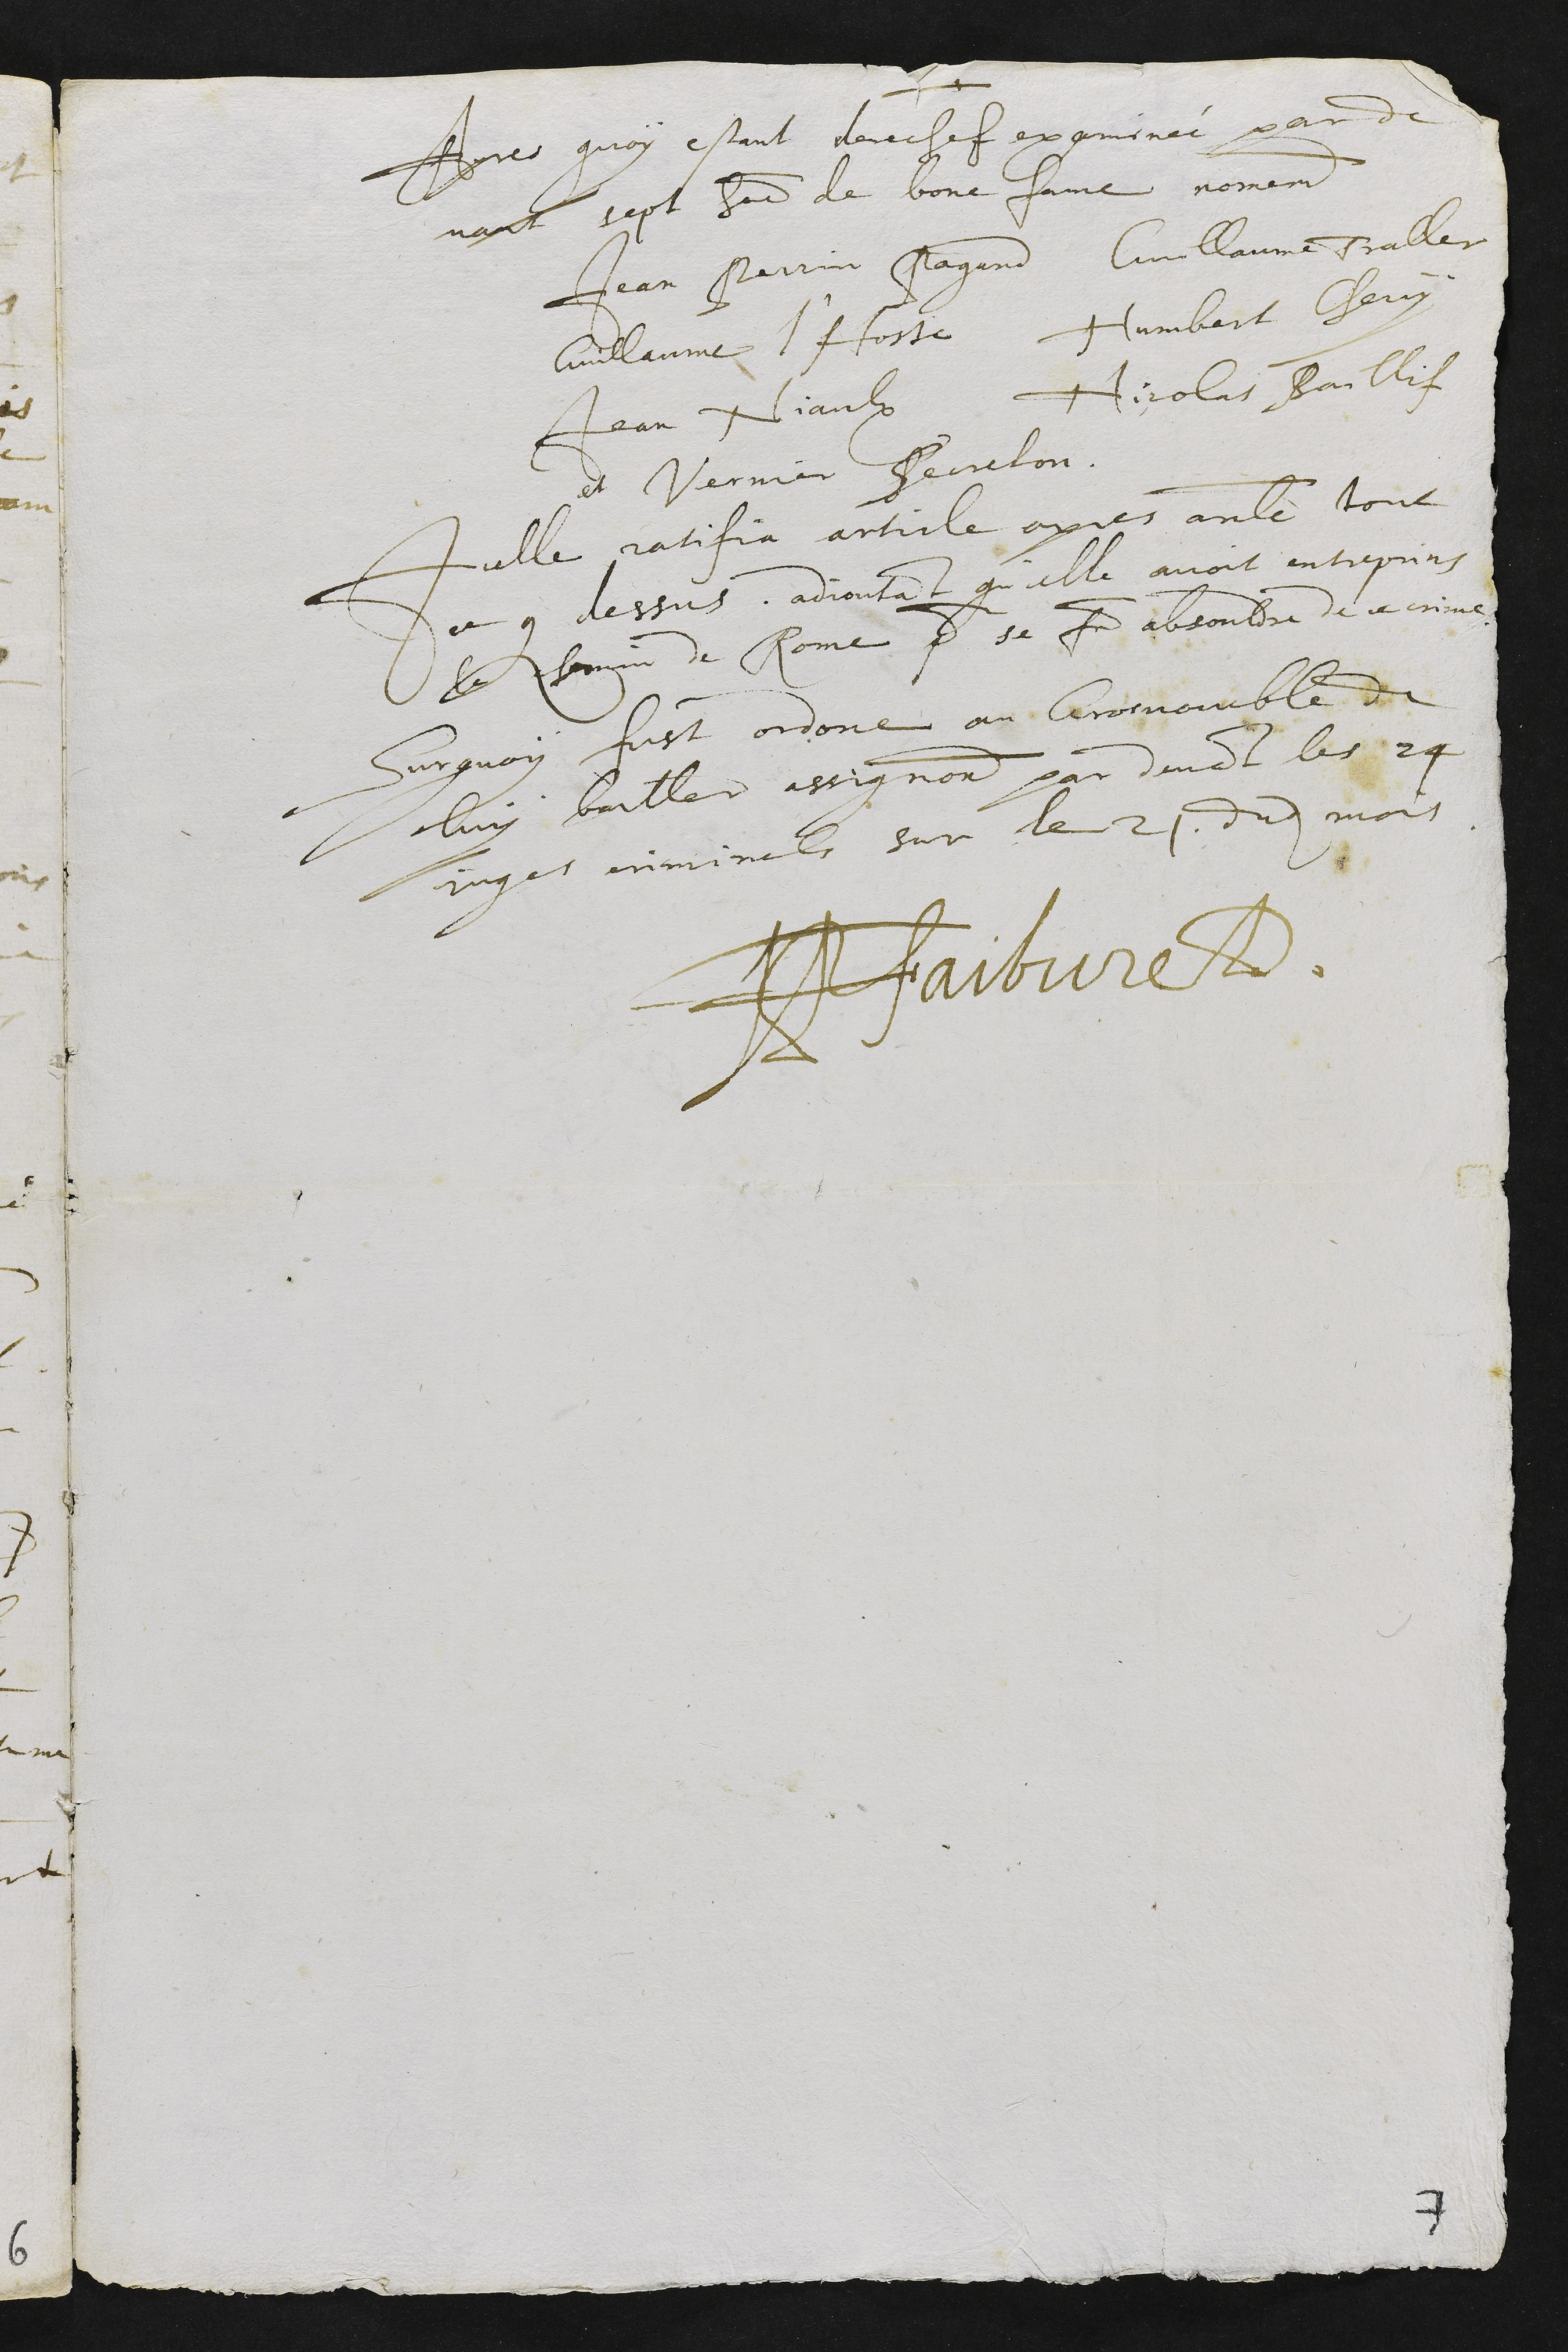
Apres quoy estant derechef examinée par de
vant sept hommes de bone fame nomement
Jean Perrin Pagand Guillaume Traller
Guillaume l'Hoste Humbert Chevy
Jean Niaulx Nicolas Baillif
et Vernier Perreton
Icelle ratifia article apres article tout
ce que dessus. adjoutant qu'icelle avoit entreprins
le chemin de Rome pour se faire absouldre de ce crime
Sur quoy fust ordone au Gros voueble de
luy bailler assignation par devant les 24
juges criminels sur le 21 dudit mois
JP Faibvre D.